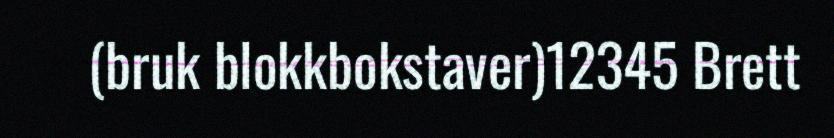
(bruk blokkbokstaver)12345 Brett